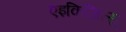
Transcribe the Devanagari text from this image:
एइकिजित्सु